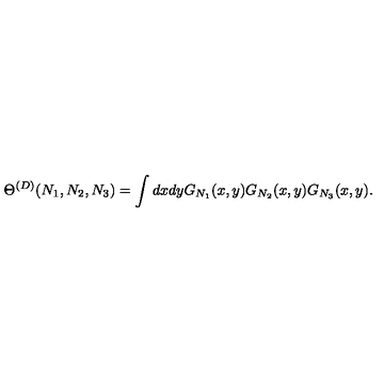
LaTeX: \Theta ^ { ( D ) } ( N _ { 1 } , N _ { 2 } , N _ { 3 } ) = \int d x d y G _ { N _ { 1 } } ( x , y ) G _ { N _ { 2 } } ( x , y ) G _ { N _ { 3 } } ( x , y ) .